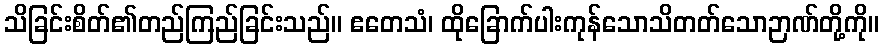
သိခြင်းစိတ်၏တည်ကြည်ခြင်းသည်။ ဧတေသံ၊ ထိုခြောက်ပါးကုန်သောသိတတ်သောဉာဏ်တို့ကို။